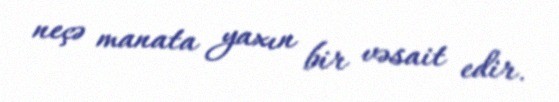
neçə manata yaxın bir vəsait edir.